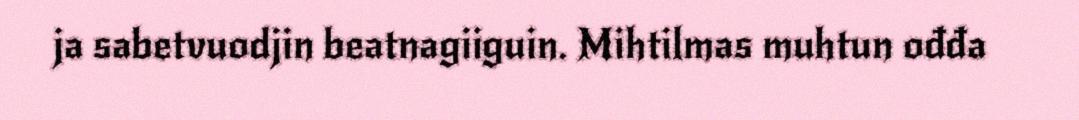
ja sabetvuodjin beatnagiiguin. Mihtilmas muhtun ođđa